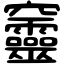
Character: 𥩔